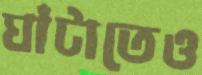
ঘাঁটাতেও